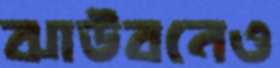
ঝাউবনেও